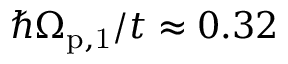
\hbar \Omega _ { \mathrm { p , 1 } } / t \approx 0 . 3 2